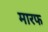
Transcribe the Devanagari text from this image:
मारफ